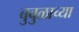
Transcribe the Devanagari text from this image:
बुबुळाच्या